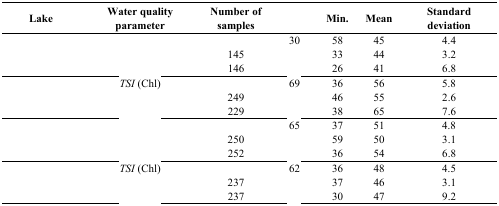
<table><thead><tr><td><b>Lake</b></td><td><b>Water quality parameter</b></td><td><b>Number of samples</b></td><td>[EMPTY_CELL]</td><td><b>Min.</b></td><td><b>Mean</b></td><td><b>Standard deviation</b></td></tr></thead><tbody><tr><td rowspan="3">[EMPTY_CELL]</td><td>[EMPTY_CELL]</td><td>[EMPTY_CELL]</td><td>30</td><td>58</td><td>45</td><td>4.4</td></tr><tr><td>[EMPTY_CELL]</td><td>145</td><td>[EMPTY_CELL]</td><td>33</td><td>44</td><td>3.2</td></tr><tr><td>[EMPTY_CELL]</td><td>146</td><td>[EMPTY_CELL]</td><td>26</td><td>41</td><td>6.8</td></tr><tr><td rowspan="3">[EMPTY_CELL]</td><td><i>TSI</i> (Chl)</td><td>[EMPTY_CELL]</td><td>69</td><td>36</td><td>56</td><td>5.8</td></tr><tr><td>[EMPTY_CELL]</td><td>249</td><td>[EMPTY_CELL]</td><td>46</td><td>55</td><td>2.6</td></tr><tr><td>[EMPTY_CELL]</td><td>229</td><td>[EMPTY_CELL]</td><td>38</td><td>65</td><td>7.6</td></tr><tr><td rowspan="3">[EMPTY_CELL]</td><td>[EMPTY_CELL]</td><td>[EMPTY_CELL]</td><td>65</td><td>37</td><td>51</td><td>4.8</td></tr><tr><td>[EMPTY_CELL]</td><td>250</td><td>[EMPTY_CELL]</td><td>59</td><td>50</td><td>3.1</td></tr><tr><td>[EMPTY_CELL]</td><td>252</td><td>[EMPTY_CELL]</td><td>36</td><td>54</td><td>6.8</td></tr><tr><td rowspan="3">[EMPTY_CELL]</td><td><i>TSI</i> (Chl)</td><td>[EMPTY_CELL]</td><td>62</td><td>36</td><td>48</td><td>4.5</td></tr><tr><td>[EMPTY_CELL]</td><td>237</td><td>[EMPTY_CELL]</td><td>37</td><td>46</td><td>3.1</td></tr><tr><td>[EMPTY_CELL]</td><td>237</td><td>[EMPTY_CELL]</td><td>30</td><td>47</td><td>9.2</td></tr></tbody></table>